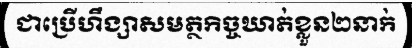
ជាប្រើហឹង្សាសមត្ថកិច្ចឃាត់ខ្លួន២នាក់